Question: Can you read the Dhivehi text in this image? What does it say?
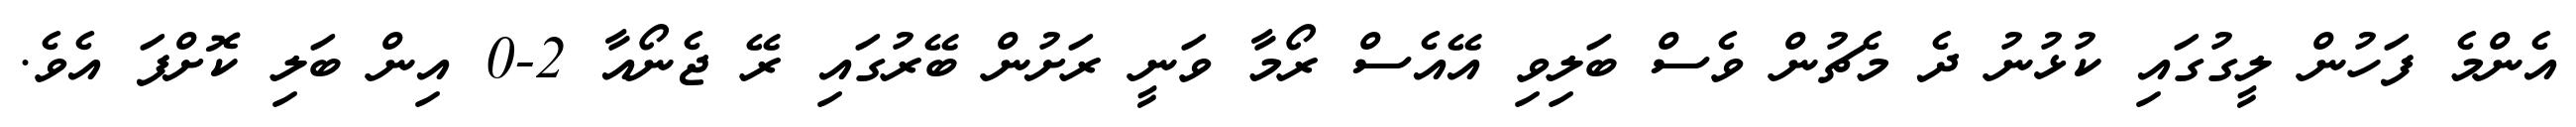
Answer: އެންމެ ފަހުން ލީގުގައި ކުޅުނު ދެ މެޗުން ވެސް ބަލިވި އޭއެސް ރޯމާ ވަނީ ރަށުން ބޭރުގައި ރޭ ޖެނޯއާ 2-0 އިން ބަލި ކޮށްފަ އެވެ.